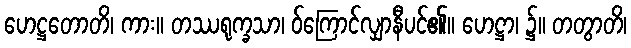
ဟေဋ္ဌတောတိ၊ ကား။ တဿရုက္ခသာ၊ ဝ်ကြောင်လျှာနီပင်၏။ ဟေဋ္ဌာ၊ ၌။ တတွာတိ၊